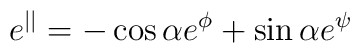
e^{||}=-\cos\alpha e^{\phi}+\sin\alpha e^{\psi}